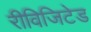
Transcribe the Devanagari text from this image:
रीविजिटेड